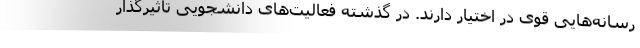
رسانه‌هایی قوی در اختیار دارند. در گذشته فعالیت‌های دانشجویی تاثیرگذار